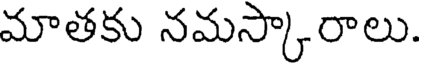
మాతకు నమస్కారాలు.